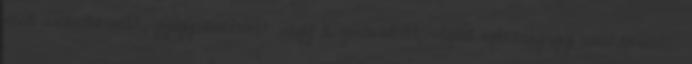
erről kezelőorvosát, gyógyszerészét vagy a gondozását végző egészségügyi szakembert.